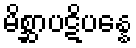
မိစ္ဆာပဋိပန္နေ